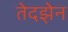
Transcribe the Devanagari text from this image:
तेदझ़ेन